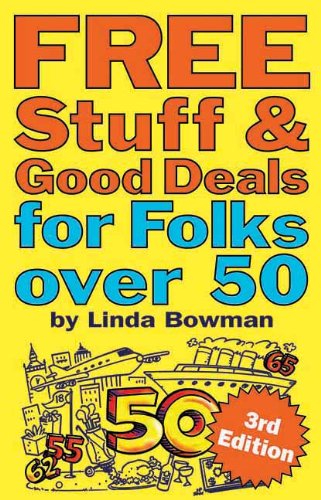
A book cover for Free Stuff and Good Deals for Folks Over 50 (Free Stuff & Good Deals series); Linda Bowman; Politics & Social Sciences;